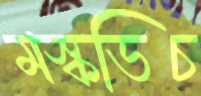
মস্কভিচ